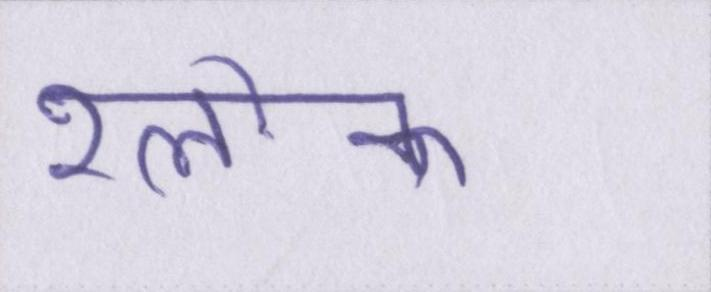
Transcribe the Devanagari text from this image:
श्लोक